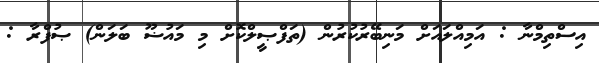
އިސްތިމްނާ : އަމިއްލައަށް މަނިބޭރުކުރުން (ތަފްޞީލްކޮށް މި މައުޟޫ ބަލަން) ޞުފްރާ :